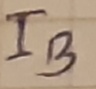
Text: IB